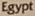
Egypt